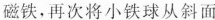
磁铁，再次将小铁球从斜面